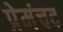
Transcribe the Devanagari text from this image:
प्रेमंचद